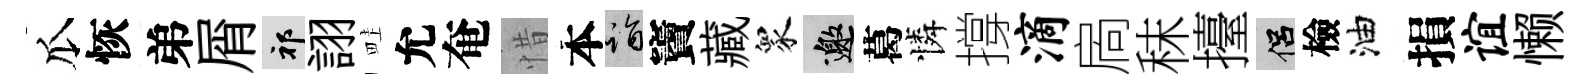
瓜恢弟屑祁詡畦允奄惜本诣竇藏衆邀葛憐撐滴扄秣擡侣檢油損谊懒